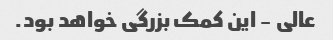
عالی - این کمک بزرگی خواهد بود.